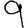
Digit: 9